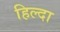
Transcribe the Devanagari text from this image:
हिल्दा